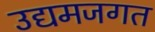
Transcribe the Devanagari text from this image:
उद्यमजगत